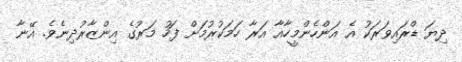
ދިޔަ ޑްރައިވަރަކު އެ އަންހެންމީހާއާ އަރާ ހަމަކުރުމަށް ފަހު މަރުގެ އިންޒާރުދިނެވެ. އޭނާ